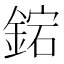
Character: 𨧩